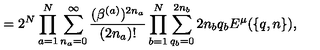
= 2 ^ { N } \prod _ { a = 1 } ^ { N } \sum _ { n _ { a } = 0 } ^ { \infty } \frac { ( \beta ^ { ( a ) } ) ^ { 2 n _ { a } } } { ( 2 n _ { a } ) ! } \prod _ { b = 1 } ^ { N } \sum _ { q _ { b } = 0 } ^ { 2 n _ { b } } { \binom { 2 n _ { b } } { q _ { b } } } E ^ { \mu } ( \{ q , n \} ) ,